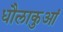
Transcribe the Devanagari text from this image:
धौलाकुआं